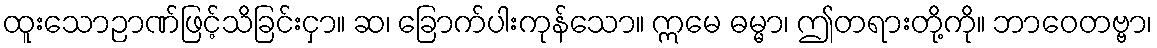
ထူးသောဉာဏ်ဖြင့်သိခြင်းငှာ။ ဆ၊ ခြောက်ပါးကုန်သော။ ဣမေ ဓမ္မာ၊ ဤတရားတို့ကို။ ဘာဝေတဗ္ဗာ၊